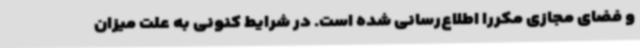
و فضای مجازی مکررا اطلاع‌رسانی شده است. در شرایط کنونی به علت میزان